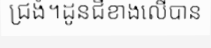
ជ្រងំ។ដូនជីខាងលើបាន